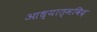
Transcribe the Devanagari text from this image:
आध्यात्मविद